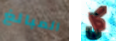
المبالغ كل